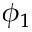
\phi _ { 1 }